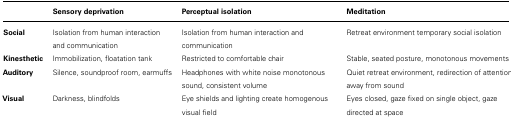
<table><thead><tr><td></td><td><b>Sensory deprivation</b></td><td><b>Perceptual isolation</b></td><td><b>Meditation</b></td></tr></thead><tbody><tr><td><b>Social</b></td><td>Isolation from human interaction and communication</td><td>Isolation from human interaction and communication</td><td>Retreat environment temporary social isolation</td></tr><tr><td><b>Kinesthetic</b></td><td>Immobilization, floatation tank</td><td>Restricted to comfortable chair</td><td>Stable, seated posture, monotonous movements</td></tr><tr><td><b>Auditory</b></td><td>Silence, soundproof room, earmuffs &amp; Headphones with white noise monotonous sound, consistent volume</td><td>Quiet retreat environment, redirection of attention away from sound</td></tr><tr><td><b>Visual</b></td><td>Darkness, blindfolds</td><td>Eye shields and lighting create homogenous visual field </td><td>Eyes closed, gaze fixed on single object, gaze directed at space</td></tr></tbody></table>